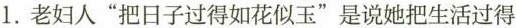
1.老妇人”把日子过得如花似玉”是说她把生活过得